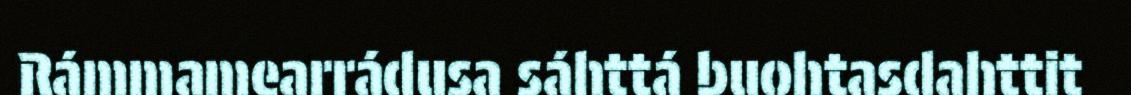
Rámmamearrádusa sáhttá buohtasdahttit